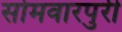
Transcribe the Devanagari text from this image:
सोमवारपुरी